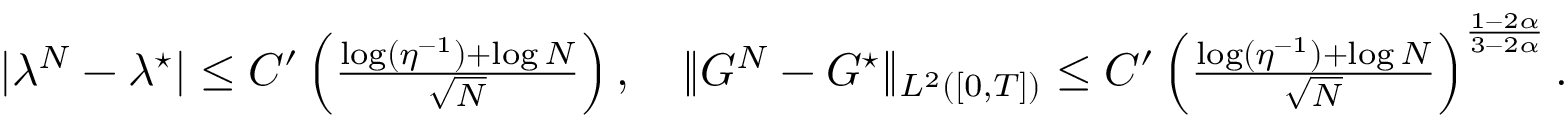
\textstyle | \lambda ^ { N } - \lambda ^ { \star } | \le C ^ { \prime } \left( \frac { \log ( { \eta } ^ { - 1 } ) + \log N } { \sqrt { N } } \right) , \quad \| G ^ { N } - G ^ { \star } \| _ { L ^ { 2 } ( [ 0 , T ] ) } \le C ^ { \prime } \left( \frac { \log ( { \eta } ^ { - 1 } ) + \log N } { \sqrt { N } } \right) ^ { \frac { 1 - 2 \alpha } { 3 - 2 \alpha } } .